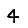
Digit: 4